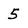
Character: 5